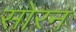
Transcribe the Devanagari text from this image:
सोरन